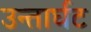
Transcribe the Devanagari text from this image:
उन्तार्घट